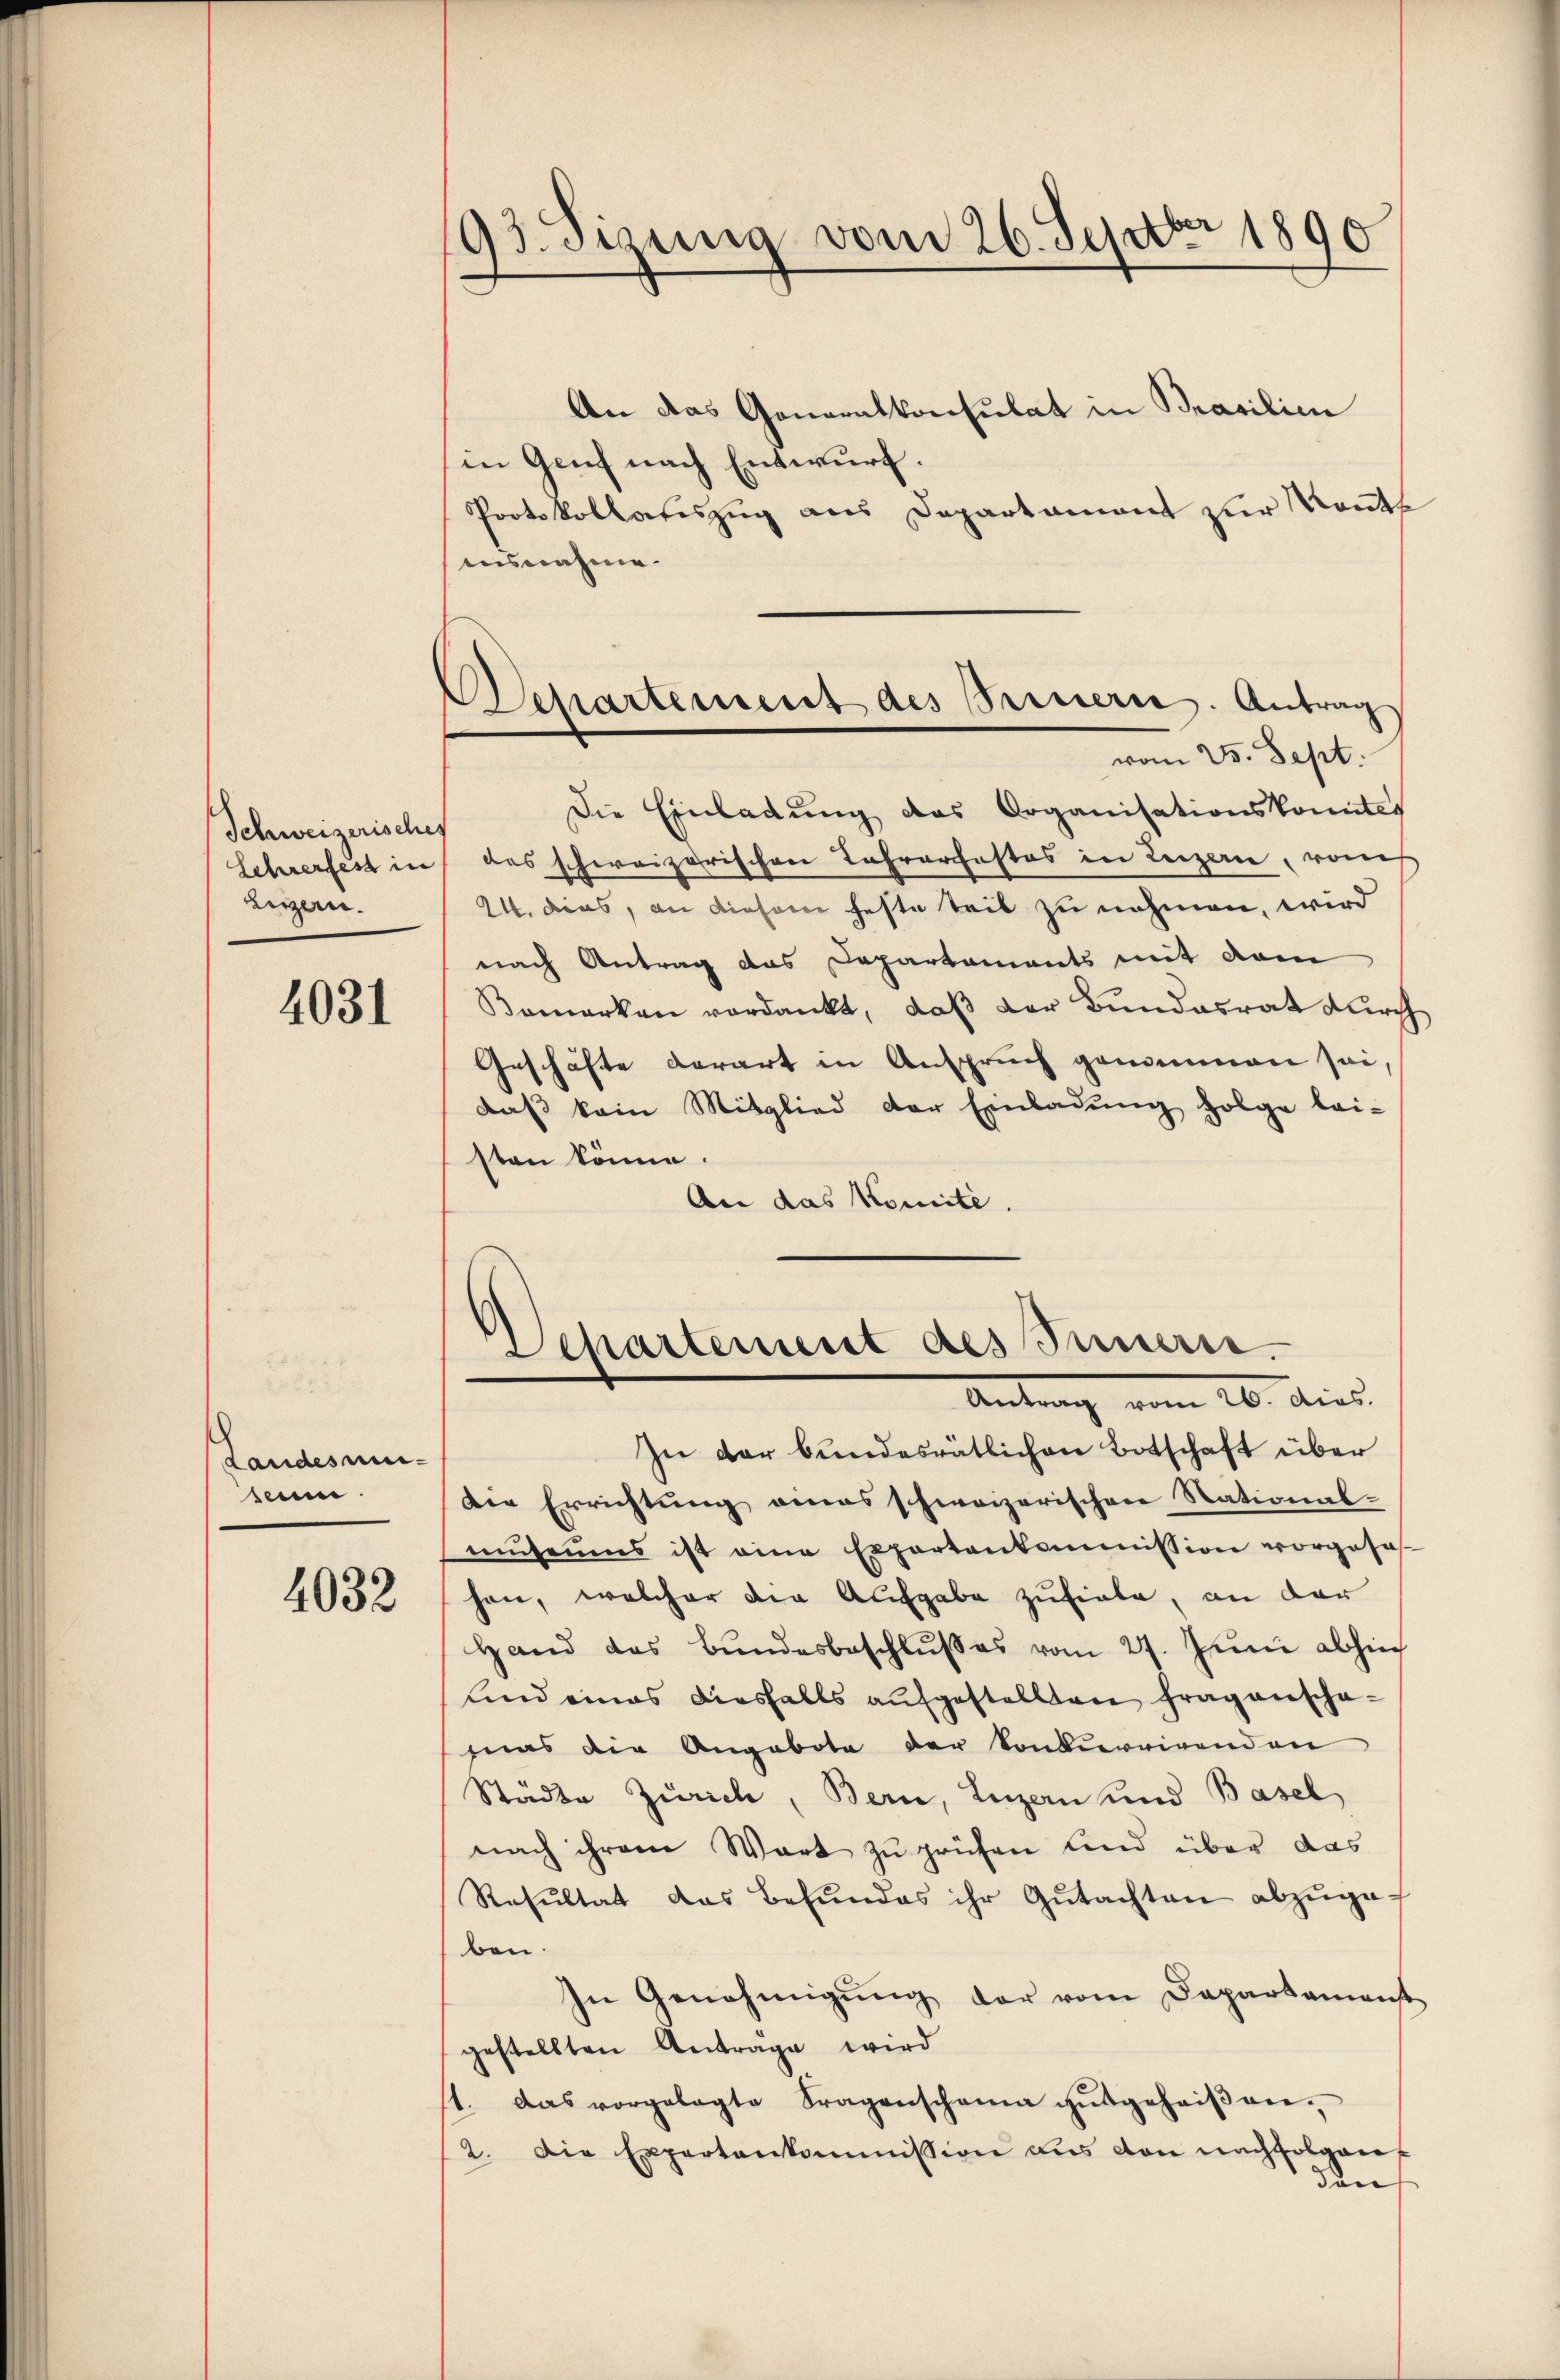
Schweizerischef
Lezzern.

4031

Landesmiseum.

4032

9etzung vom 26. Septbr 1890

Departement des Bernern. Antrag
vom 25. Sept.

An das Generalkonsulat in Prasilien
in Genf nach Entwurf.
Protokollateszug aus Departament zur Kennt
ausnahme.
Die Einladung des Organisationskomites
Lehrerfest in das schweizerischen Lehrarfestes in Luzern, vom
24. dies, an diesem feste teil zu nehmen, wird
nach Antrag das Departements mit dem
Bemerken verdankt, daß der Bundesrat durch
Geschäfte derart in Anspruch genommen sei,
daß kein Mitglied der Einladung folge lei-
sten könne.
An das Komité.
Departement des Innern.
Antrag vom 16. dies
In der bundesrätlichen Botschaft über
Die Errichtung eines schweizerischen National-
museums ist eine Expertenkommission vorgesa
han, welcher die Aufgabe zufiele, an der
Hand das Bŭndesbeschlŭβ es vom 27. Jŭni abhin
und eines diesfalls aufgestellten Fragenschamas die Angebote der Konkurrirenden
Städte Zürich, Bern, Luzern und Basel
nach ihrem Wort zu prüfen sind über das
Resultat das befŭndes ihr Gŭtachten abzŭge-
ben.
In Genehmigŭng der vom Departamenst
gestellten Anträge wird
st. Das vorgelegte Fragenschama aŭsgeheiβen-
12. Die Expertenkommission aus von nachfolgen
dan